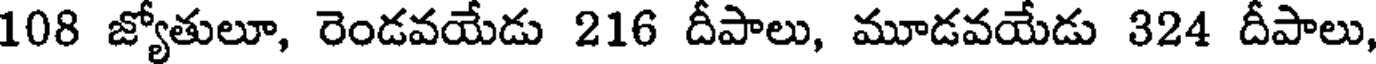
108 జ్యోతులూ, రెండవయేడు 216 దీపాలు, మూడవయేడు 324 దీపాలు,